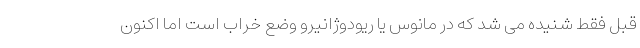
قبل فقط شنیده می شد که در مانوس یا ریودوژانیرو وضع خراب است اما اکنون